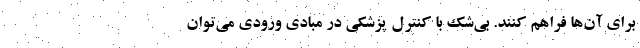
برای آن‌ها فراهم کنند. بی‌شک با کنترل پزشکی در مبادی ورودی می‌توان